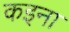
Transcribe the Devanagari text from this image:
कइना